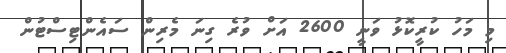
މި މަހު ކުރީކޮޅު ވަނީ 2600 އަށް ވުރެ ގިނަ މެރިން ސައެންޓިސްޓުން